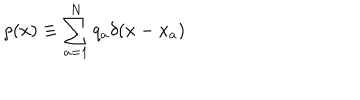
\rho ( x ) \equiv \sum _ { a = 1 } ^ { N } q _ { a } \delta ( x - x _ { a } )